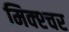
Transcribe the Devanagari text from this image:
मिक्‍श्‍चर